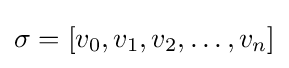
\sigma =[v_{0},v_{1},v_{2},\ldots ,v_{n}]